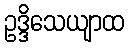
ဥဒ္ဒိသေယျာထ